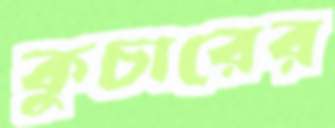
কুচারের